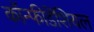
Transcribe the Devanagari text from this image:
कॉन्फीडेंशियल